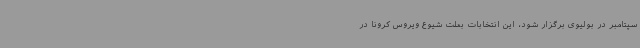
سپتامبر در بولیوی برگزار شود، این انتخابات بعلت شیوع ویروس کرونا در